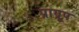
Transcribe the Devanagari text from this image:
प्राग्रूप